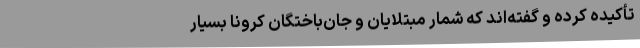
تأکیده کرده و گفته‌اند که شمار مبتلایان و جان‌باختگان کرونا بسیار